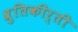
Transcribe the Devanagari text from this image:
श्रुतिकीर्ती